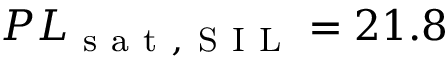
P L _ { \mathrm { ~ s ~ a ~ t ~ , ~ S ~ I ~ L ~ } } = 2 1 . 8